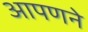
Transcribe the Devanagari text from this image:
आपणने